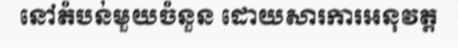
នៅតំបន់មួយចំនួន ដោយសារការអនុវត្ត